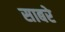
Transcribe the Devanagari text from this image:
साबरे